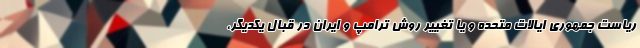
ریاست جمهوری ایالات متحده و یا تغییر روش ترامپ و ایران در قبال یکدیگر،